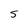
Character: 5